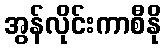
အွန်လိုင်းကာစီနို